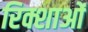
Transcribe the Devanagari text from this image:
रिक्शाओं